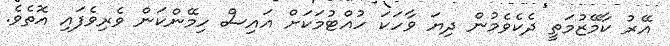
އޭރު ކާމޭޒުމަތީ ދެކެވެމުން ދިޔަ ވާހަކަ ހުއްޓުމަކަށް އައިސް ހިމޭންކަން ވެރިވެފައި އޮތެވެ.